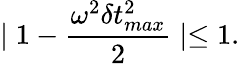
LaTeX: \mid 1-\frac{\omega^{2}\delta t_{max}^{2}}{2}\mid\leq 1.